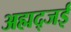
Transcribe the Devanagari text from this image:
अह्मद्जई